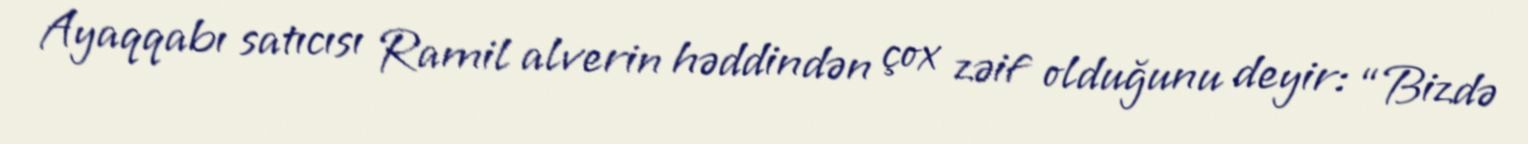
Ayaqqabı satıcısı Ramil alverin həddindən çox zəif olduğunu deyir: “Bizdə